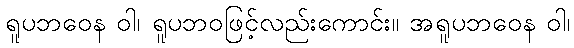
ရူပဘဝေန ဝါ၊ ရူပဘဝဖြင့်လည်းကောင်း။ အရူပဘဝေန ဝါ၊